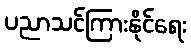
ပညာသင်ကြားနိုင်ရေး